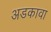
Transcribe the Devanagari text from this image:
अडकावा